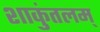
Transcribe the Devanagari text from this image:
शाकुंतलम्‌